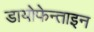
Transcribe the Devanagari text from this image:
डायोफेन्ताइन